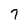
Character: 7